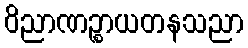
ဝိညာဏဉ္စာယတနသညာ